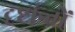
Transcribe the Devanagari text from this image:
दृष्टांन्तों